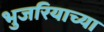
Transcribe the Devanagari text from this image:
भुजरियाच्या